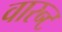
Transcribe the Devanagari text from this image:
वारन्‍ट